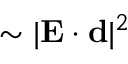
\sim | { \bf E } \cdot { \bf d } | ^ { 2 }